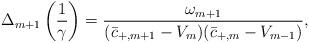
LaTeX: \begin{align*} \Delta_{m+1}\left(\frac{1}{\gamma}\right)=\frac{\omega_{m+1}}{(\bar{c}_{+,m+1}-V_{m})(\bar{c}_{+,m}-V_{m-1})},\end{align*}